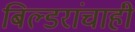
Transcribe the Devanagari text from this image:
बिल्डरांचाही